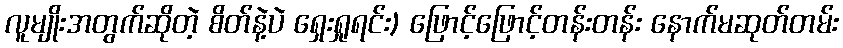
လူမျိုးအတွက်ဆိုတဲ့ စိတ်နဲ့ပဲ ရှေးရှုရင်း) ဖြောင့်ဖြောင့်တန်းတန်း နောက်မဆုတ်တမ်း